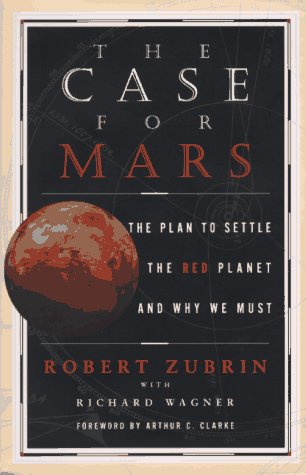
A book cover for The CASE FOR MARS; Robert Zubrin; Science & Math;